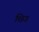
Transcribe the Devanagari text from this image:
छिउ